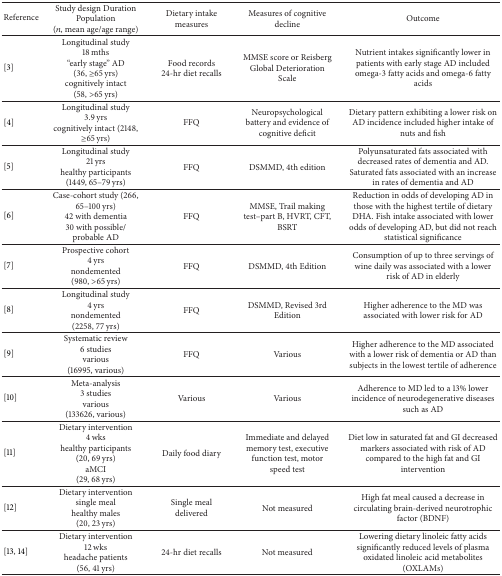
| Reference | Study design Duration Population (n, mean age/age range) | Dietary intake measures | Measures of cognitive decline | Outcome |
 | --- | --- | --- | --- | --- |
 | [3] | Longitudinal study18 mths“early stage” AD (36, ≥65 yrs) cognitively intact (58, >65 yrs) | Food records 24-hr diet recalls | MMSE score or Reisberg Global Deterioration Scale | Nutrient intakes significantly lower in patients with early stage AD included omega-3 fatty acids and omega-6 fatty acids |
 | [4] | Longitudinal study 3.9 yrscognitively intact (2148, ≥65 yrs) | FFQ | Neuropsychological battery and evidence of cognitive deficit | Dietary pattern exhibiting a lower risk on AD incidence included higher intake of nuts and fish |
 | [5] | Longitudinal study 21 yrshealthy participants (1449, 65–79 yrs) | FFQ | DSMMD, 4th edition | Polyunsaturated fats associated with decreased rates of dementia and AD. Saturated fats associated with an increase in rates of dementia and AD |
 | [6] | Case-cohort study (266, 65–100 yrs) 42 with dementia 30 with possible/ probable AD | FFQ | MMSE, Trail making test–part B, HVRT, CFT, BSRT | Reduction in odds of developing AD in those with the highest tertile of dietary DHA. Fish intake associated with lower odds of developing AD, but did not reach statistical significance |
 | [7] | Prospective cohort 4 yrs nondemented(980, >65 yrs) | FFQ | DSMMD, 4th Edition | Consumption of up to three servings of wine daily was associated with a lower risk of AD in elderly |
 | [8] | Longitudinal study 4 yrsnondemented (2258, 77 yrs) | FFQ | DSMMD, Revised 3rd Edition | Higher adherence to the MD was associated with lower risk for AD |
 | [9] | Systematic review 6 studiesvarious(16995, various) | FFQ | Various | Higher adherence to the MD associated with a lower risk of dementia or AD than subjects in the lowest tertile of adherence |
 | [10] | Meta-analysis 3 studiesvarious(133626, various) | Various | Various | Adherence to MD led to a 13% lower incidence of neurodegenerative diseases such as AD |
 | [11] | Dietary intervention 4 wks healthy participants (20, 69 yrs) aMCI (29, 68 yrs) | Daily food diary | Immediate and delayed memory test, executive function test, motor speed test | Diet low in saturated fat and GI decreased markers associated with risk of AD compared to the high fat and GI intervention |
 | [12] | Dietary intervention single mealhealthy males (20, 23 yrs) | Single meal delivered | Not measured | High fat meal caused a decrease in circulating brain-derived neurotrophic factor (BDNF) |
 | [13, 14] | Dietary intervention 12 wks headache patients(56, 41 yrs) | 24-hr diet recalls | Not measured | Lowering dietary linoleic fatty acids significantly reduced levels of plasma oxidated linoleic acid metabolites (OXLAMs) |